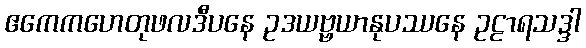
ဧကေကဟေတုဖလဒီပနေ ဥဒယဗ္ဗယာနုပဿနေ ဥဠာရသဒ္ဒါ